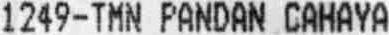
1249-TMN PANDAN CAHAYA